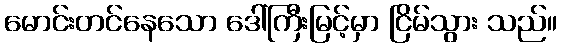
မောင်းတင်နေသော ဒေါ်ကြီးမြင့်မှာ ငြိမ်သွား သည်။